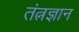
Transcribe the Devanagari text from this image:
तंत्नज्ञान